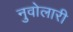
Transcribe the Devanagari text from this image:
नुवोलारी